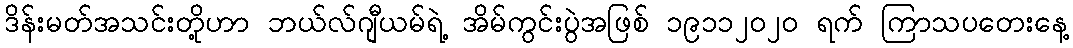
ဒိန်းမတ်အသင်းတို့ဟာ ဘယ်လ်ဂျီယမ်ရဲ့ အိမ်ကွင်းပွဲအဖြစ် ၁၉၁၁၂၀၂၀ ရက် ကြာသပတေးနေ့